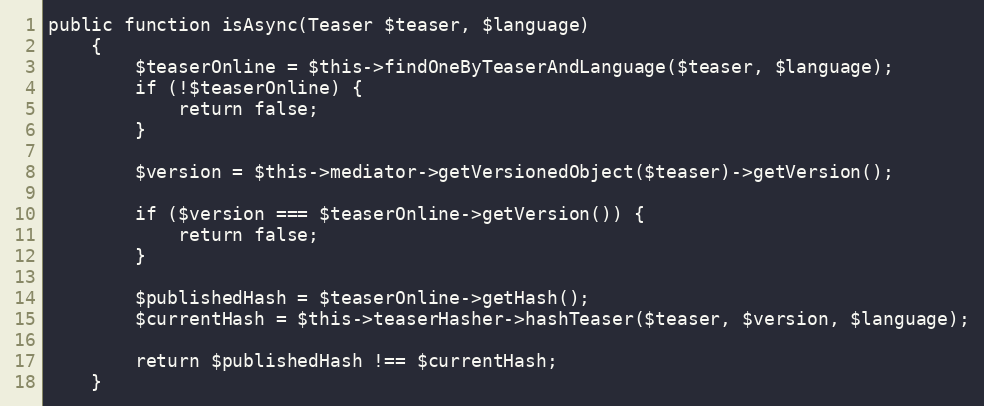
Language: PHP
public function isAsync(Teaser $teaser, $language)
    {
        $teaserOnline = $this->findOneByTeaserAndLanguage($teaser, $language);
        if (!$teaserOnline) {
            return false;
        }

        $version = $this->mediator->getVersionedObject($teaser)->getVersion();

        if ($version === $teaserOnline->getVersion()) {
            return false;
        }

        $publishedHash = $teaserOnline->getHash();
        $currentHash = $this->teaserHasher->hashTeaser($teaser, $version, $language);

        return $publishedHash !== $currentHash;
    }